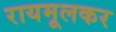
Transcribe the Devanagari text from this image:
रायमूलकर